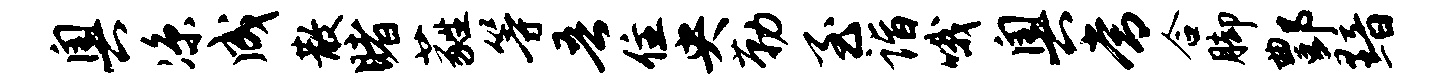
奥凉成散睹蕤等吾住央勒至诣哦奥常合脚酆黯